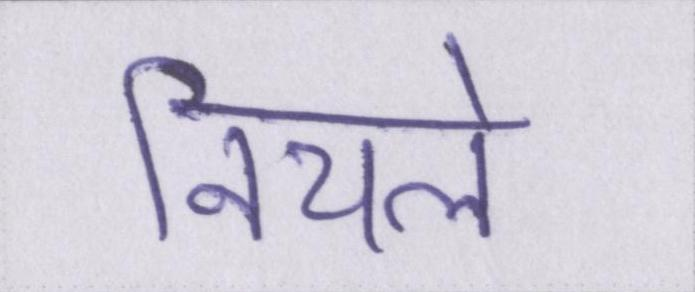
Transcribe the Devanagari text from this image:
निचले